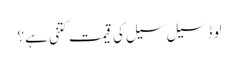
لوڈ سیل سیل کی قیمت کتنی ہے؟